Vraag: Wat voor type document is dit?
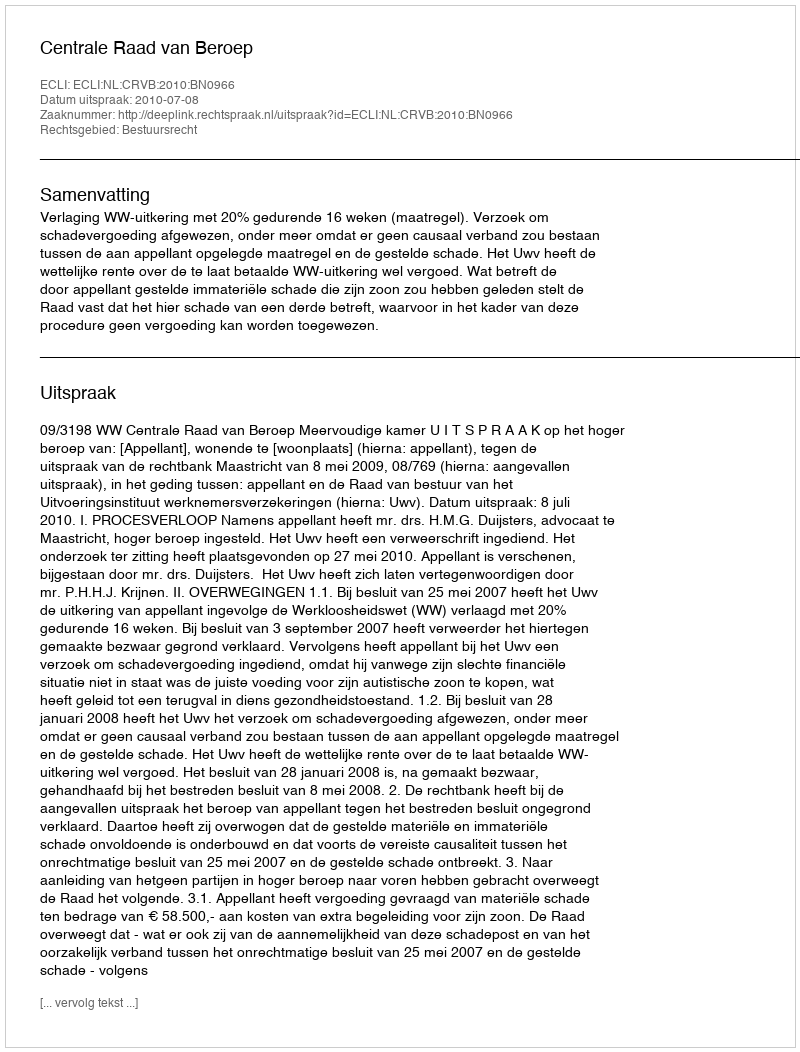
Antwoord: Uitspraak